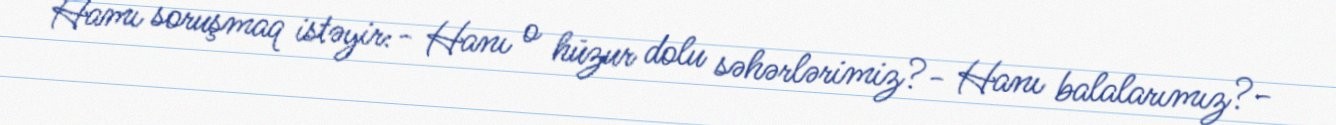
Hamı soruşmaq istəyir:- Hanı o hüzur dolu səhərlərimiz?- Hanı balalarımız?-